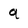
Character: q